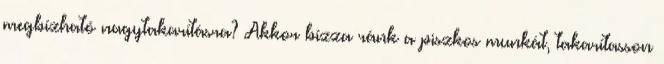
megbízható nagytakarításra? Akkor bízza ránk a piszkos munkát, takarítasson